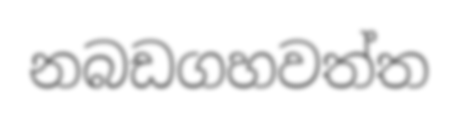
නබඩගහවත්ත